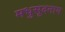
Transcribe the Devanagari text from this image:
मधुसूदनाय